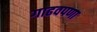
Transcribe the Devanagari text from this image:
गाढवपणा